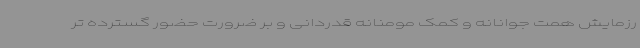
رزمایش همت جوانانه و کمک مومنانه قدردانی و بر ضرورت حضور گسترده تر